Mental hospitals Bombay report 1929-33 - 1929-1933
Year: 1929
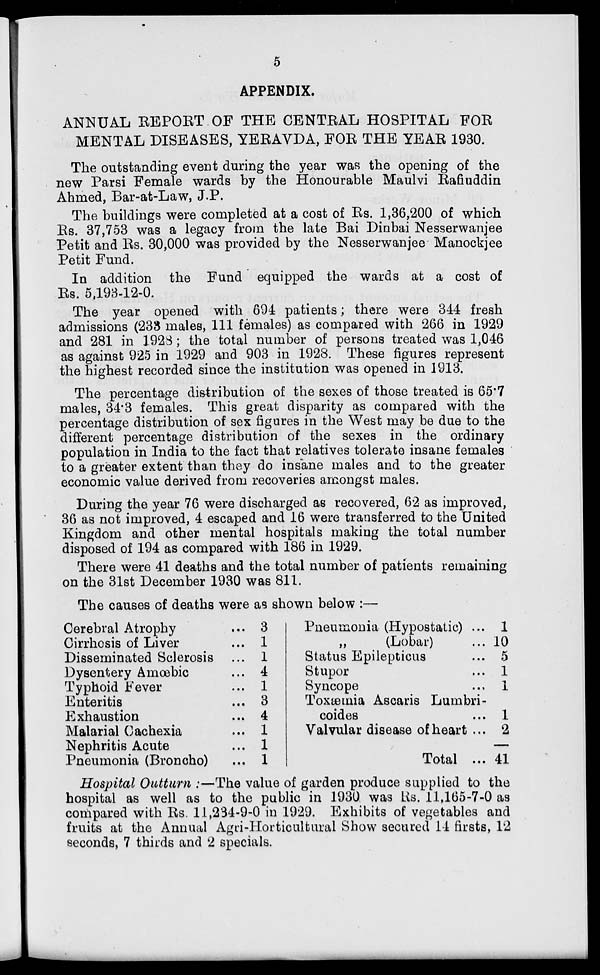
5
APPENDIX.
ANNUAL REPORT OF THE CENTRAL HOSPITAL FOR
MENTAL DISEASES, YERAVDA, FOR THE YEAR 1930.
The outstanding event during the year was the opening of the
new Parsi Female wards by the Honourable Maulvi Rafiuddin
Ahmed, Bar-at-Law, J.P.
The buildings were completed at a cost of Rs. 1,36,200 of which
Rs. 37,753 was a legacy from the late Bai Dinbai Nesserwanjee
Petit and Rs. 30,000 was provided by the Nesserwanjee Manockjee
Petit Fund.
In addition the Fund equipped the wards at a cost of
Rs. 5,193-12-0.
The year opened with 694 patients; there were 344 fresh
admissions (233 males, 111 females) as compared with 266 in 1929
and 281 in 1928; the total number of persons treated was 1,046
as against 925 in 1929 and 903 in 1928. These figures represent
the highest recorded since the institution was opened in 1913.
The percentage distribution of the sexes of those treated is 65.7
males, 34.3 females. This great disparity as compared with the
percentage distribution of sex figures in the West may be due to the
different percentage distribution of the sexes in the ordinary
population in India to the fact that relatives tolerate insane females
to a greater extent than they do insane males and to the greater
economic value derived from recoveries amongst males.
During the year 76 were discharged as recovered, 62 as improved,
36 as not improved, 4 escaped and 16 were transferred to the United
Kingdom and other mental hospitals making the total number
disposed of 194 as compared with 186 in 1929.
There were 41 deaths and the total number of patients remaining
on the 31st December 1930 was 811.
The causes of deaths were as shown below :—
Cerebral Atrophy ...
Cirrhosis of Liver ...
Disseminated Sclerosis ...
Dysentery Amoebic ...
Typhoid Fever ...
Enteritis ...
Exhaustion ...
Malarial Cachexia ...
Nephritis Acute ...
Pneumonia (Broncho) ...
3
1
1
4
1
3
4
1
1
1
Pneumonia (Hypostatic) ...
„
(Lobar) ...
Status Epilepticus ...
Stupor ...
Syncope ...
Toxæmia Ascaris Lumbri-
coides ...
Valvular disease of heart ...
Total ...
1
10
5
1
1
1
2
41
Hospital Outturn :—The value of garden produce supplied to the
hospital as well as to the public in 1930 was Rs. 11,165-7-0 as
compared with Rs. 11,234-9-0 in 1929. Exhibits of vegetables and
fruits at the Annual Agri-Horticultural Show secured 14 firsts, 12
seconds, 7 thirds and 2 specials.